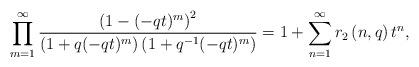
LaTeX: \begin{align*} \prod_{m=1}^{\infty} \frac{\left( 1 -(-qt)^m \right)^2}{\left(1 + q(-qt)^m \right)\left(1 + q^{-1}(-qt)^m \right)}= 1+\sum_{n=1}^{\infty} r_2\left(n, q \right) t^n,\end{align*}